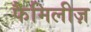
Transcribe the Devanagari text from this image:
फैमिलीज़